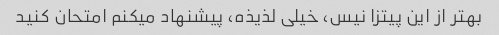
بهتر از این پیتزا نیس، خیلی لذیذه، پیشنهاد میکنم امتحان کنید